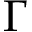
\Gamma